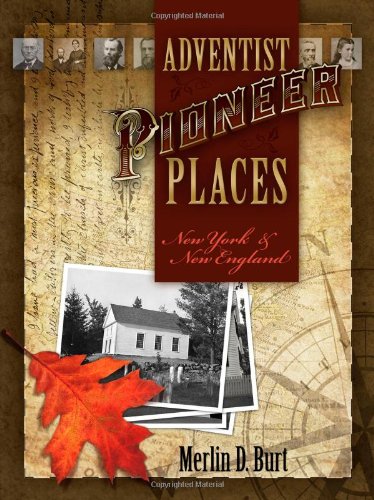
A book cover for Adventist Pioneer Places: New York & New England; Merlin D. Burt; Christian Books & Bibles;